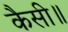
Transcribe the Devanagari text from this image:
कैसी॥